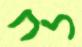
לח